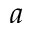
a